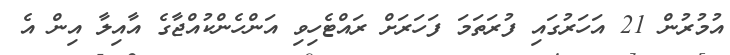
އުމުރުން 21 އަހަރުގައި ފުރަތަމަ ފަހަރަށް ރައްޓެހިވި އަންހެންކުއްޖާގެ އާއިލާ އިން އެ